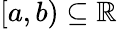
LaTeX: [a,b)\subseteq\mathbb{R}